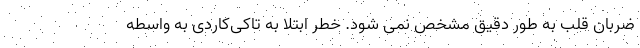
ضربان قلب به طور دقیق مشخص نمی شود. خطر ابتلا به تاکی‌کاردی به واسطه